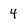
Character: 4